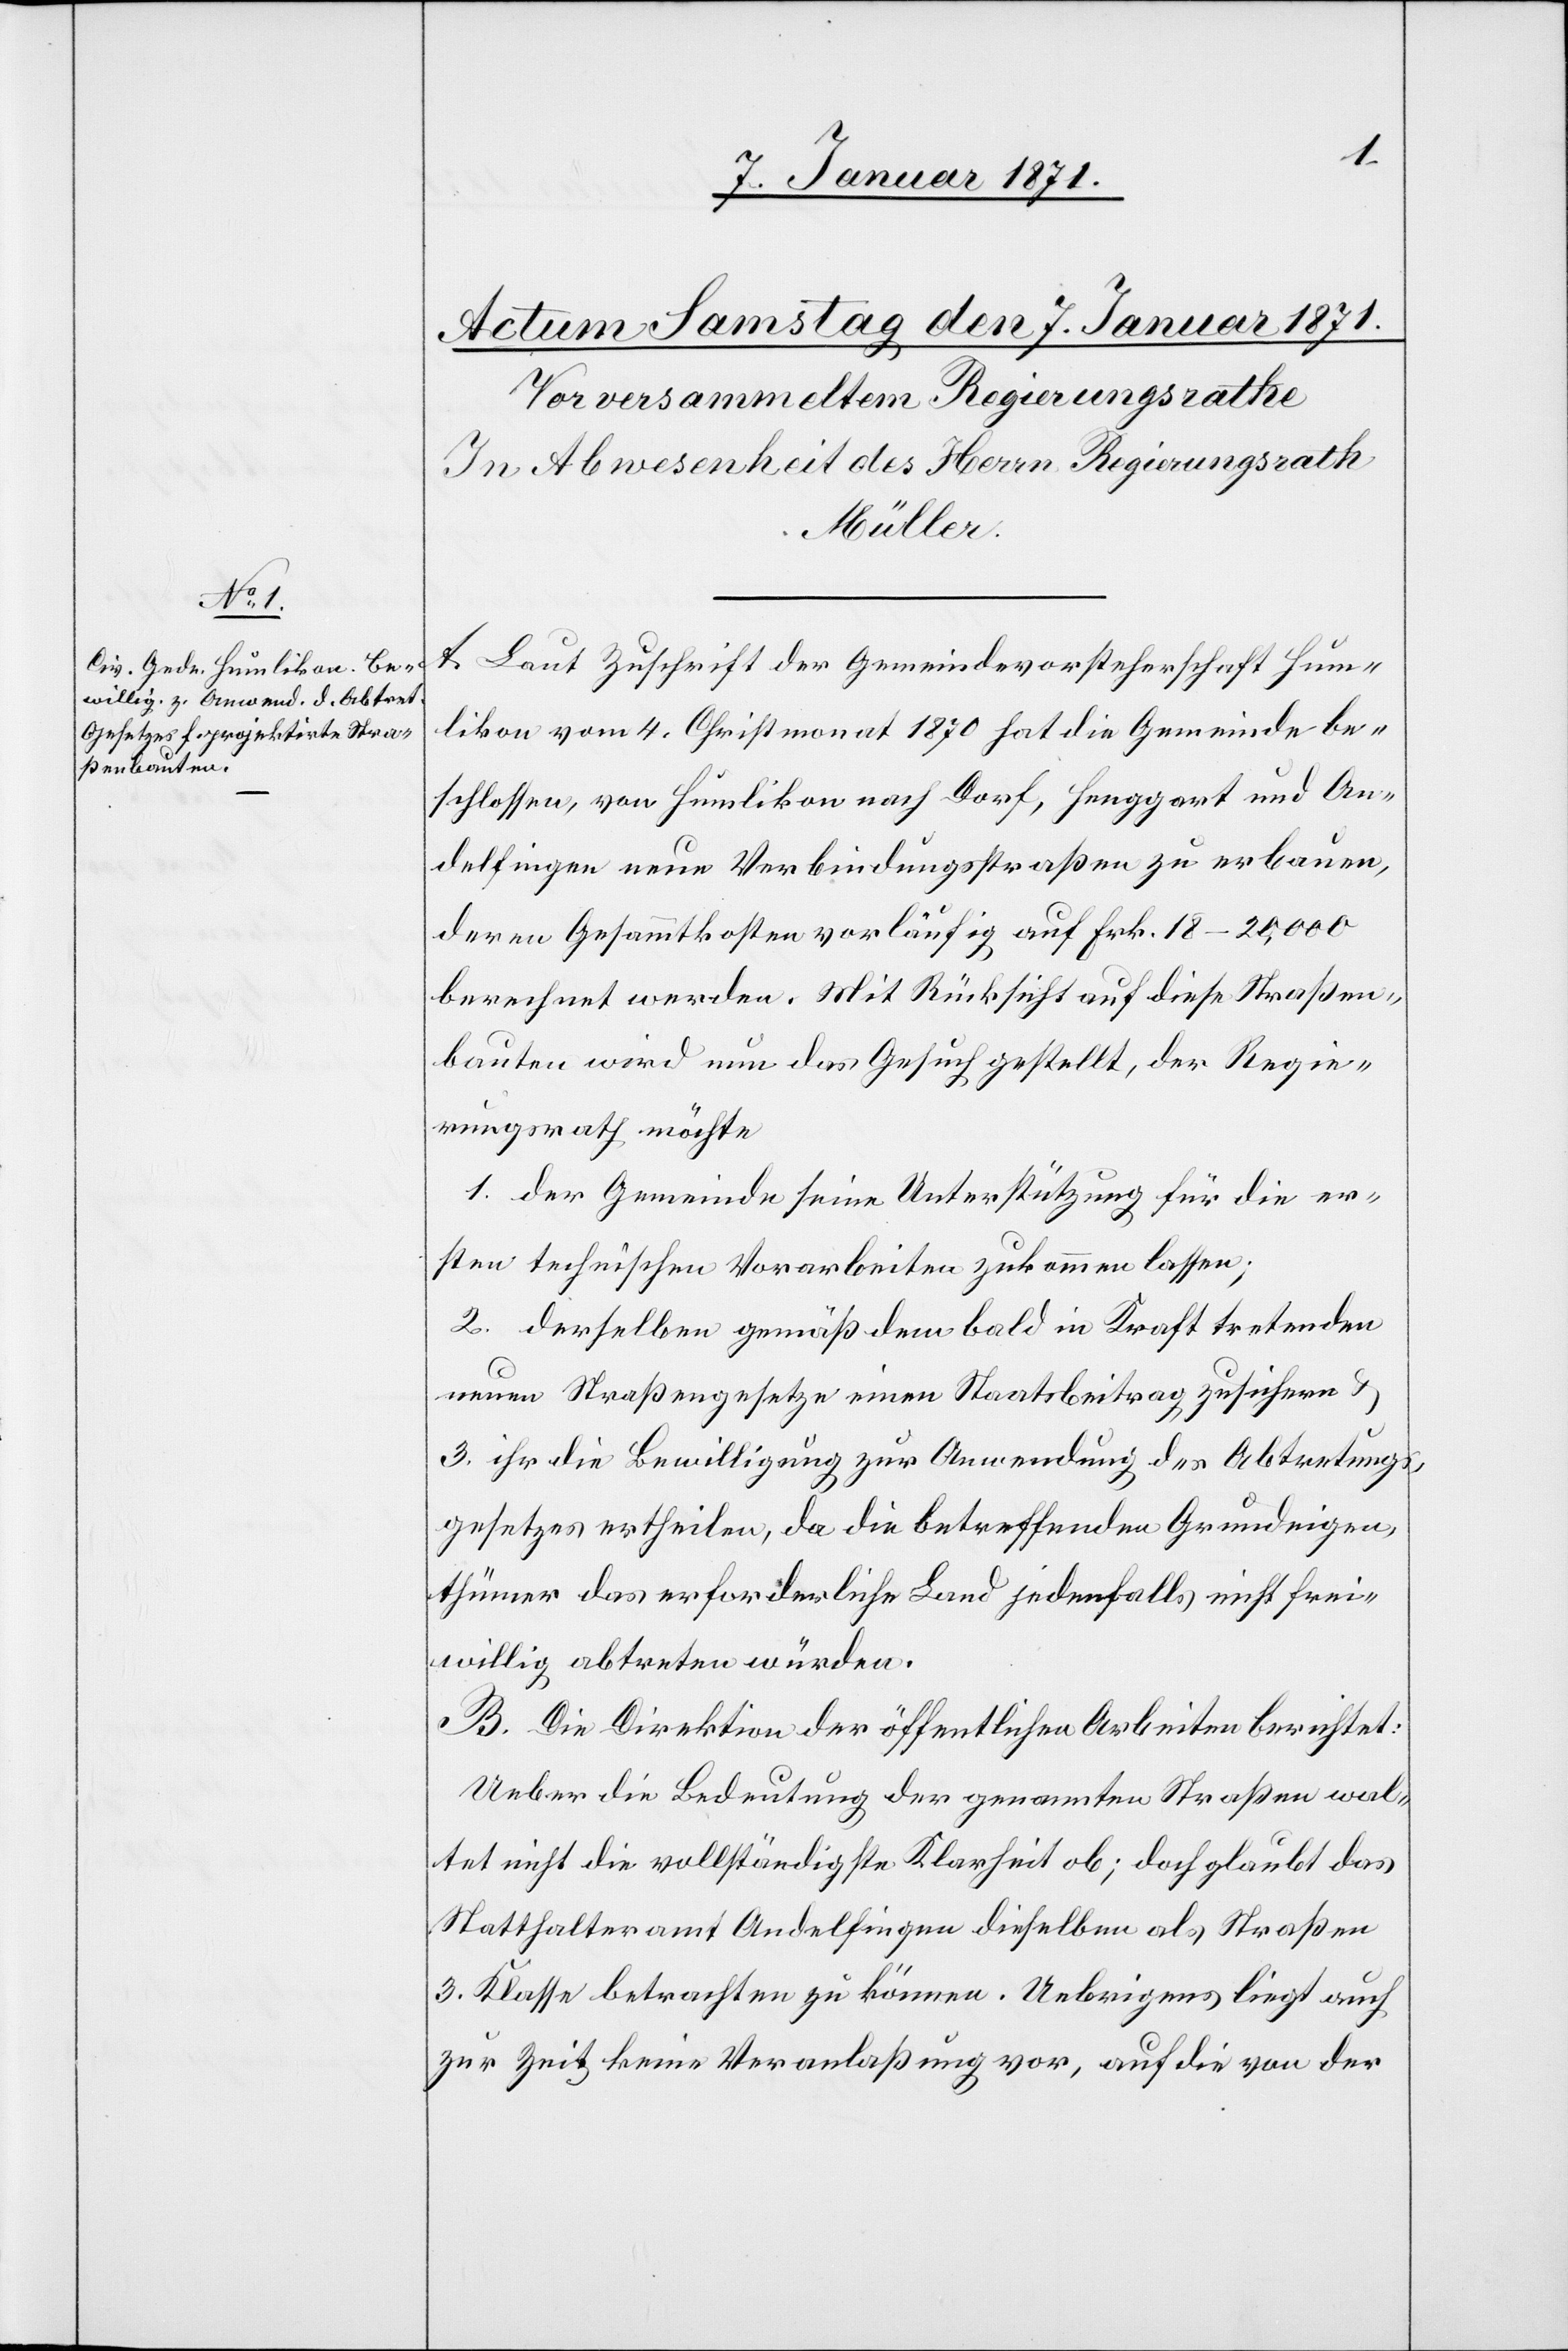
A. Laut Zuschrift der Gemeindevorsteherschaft Hum¬
likon vom 4. Christmonat 1870 hat die Gemeinde be¬
schlossen, von Humlikon nach Dorf, Henggart und An¬
delfingen neue Verbindungsstraßen zu erbauen,
deren Gesammtkosten vorläufig auf Frk. 18–20,000
berechnet werden. Mit Rücksicht auf diese Straßen¬
bauten wird nun das Gesuch gestellt, der Regie¬
rungsrath möchte
1. der Gemeinde seine Unterstützung für die er¬
sten technischen Vorarbeiten zukommen lassen;
2. derselben gemäß dem bald in Kraft tretenden
neuen Straßengesetze einen Staatsbeitrag zusichern u.
3. ihr die Bewilligung zur Anwendung des Abtretungs¬
gesetzes ertheilen, da die betreffenden Grundeigen¬
thümer das erforderliche Land jedenfalls nicht frei¬
willig abtreten würden.
B. Die Direktion der öffentlichen Arbeiten berichtet:
Ueber die Bedeutung der genannten Straßen wal¬
tet nicht die vollständigste Klarheit ob; doch glaubt das
Statthalteramt Andelfingen dieselben als Straßen
3. Klasse betrachten zu können. Uebrigens liegt auch
zur Zeit keine Veranlaßung vor, auf die von der